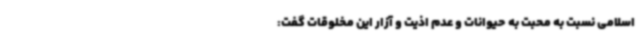
اسلامی نسبت به محبت به حیوانات و عدم اذیت و آزار این مخلوقات گفت: